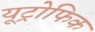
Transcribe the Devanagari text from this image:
यूट्रोफिक